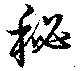
秘